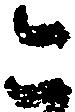
こ